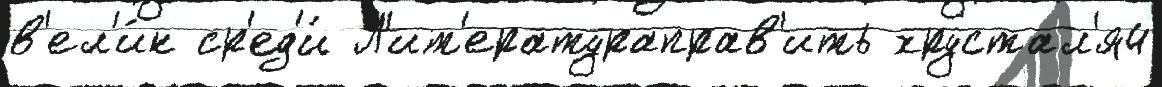
в'ел'и́к ср'ед'и́ Л'ит'ератураправ'ить хрустал'я4